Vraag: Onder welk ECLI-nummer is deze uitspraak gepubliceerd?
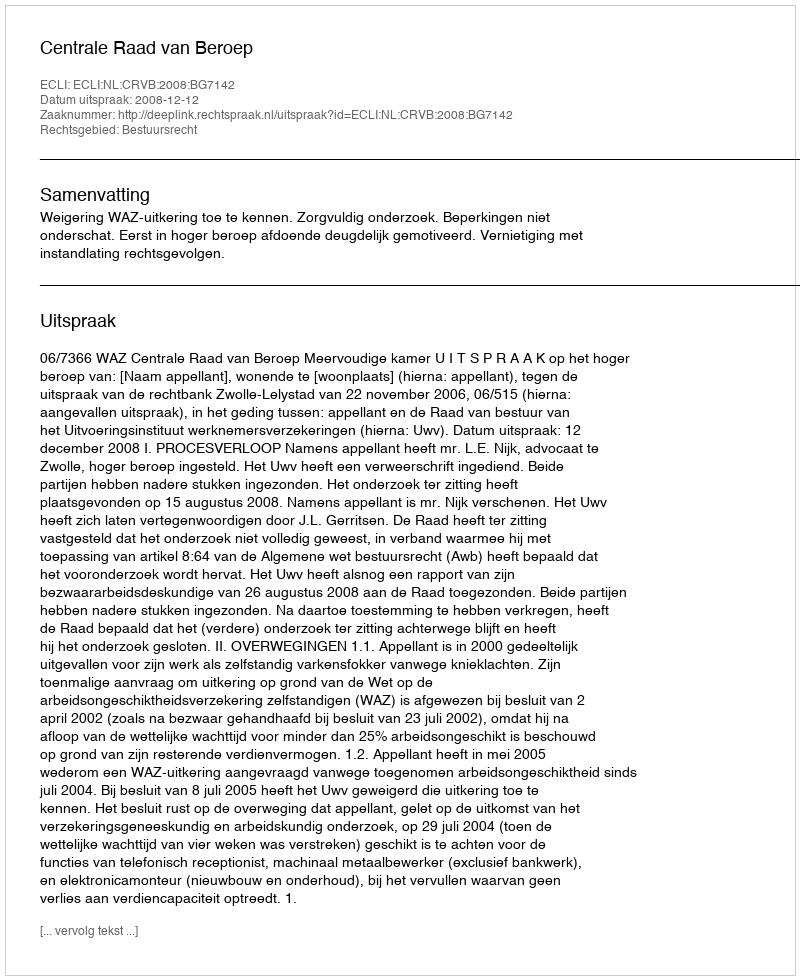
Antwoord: ECLI:NL:CRVB:2008:BG7142